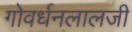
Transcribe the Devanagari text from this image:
गोवर्धनलालजी